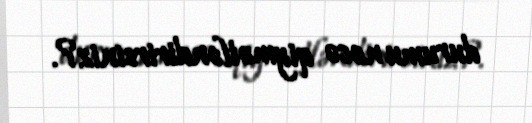
durumu necə qiymətləndirirsiniz?.